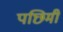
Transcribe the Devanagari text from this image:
पछिमी